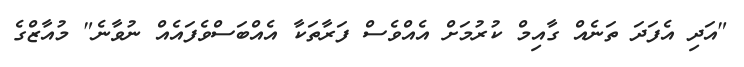
"އަދި އެފަދަ ތަނެއް ގާއިމް ކުރުމަށް އެއްވެސް ފަރާތަކާ އެއްބަސްވެފައެއް ނުވާނެ" މުއާޒްގެ